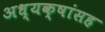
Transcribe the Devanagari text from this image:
अध्यक्षांसह